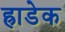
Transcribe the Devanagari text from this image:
ह्राडेक